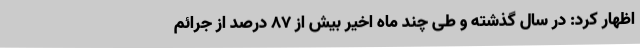
اظهار کرد: در سال گذشته و طی چند ماه اخیر بیش از 87 درصد از جرائم